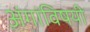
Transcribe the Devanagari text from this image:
अंगांविषयी